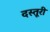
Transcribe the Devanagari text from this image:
दस्तूरी